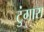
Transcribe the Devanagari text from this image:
टुंगारा